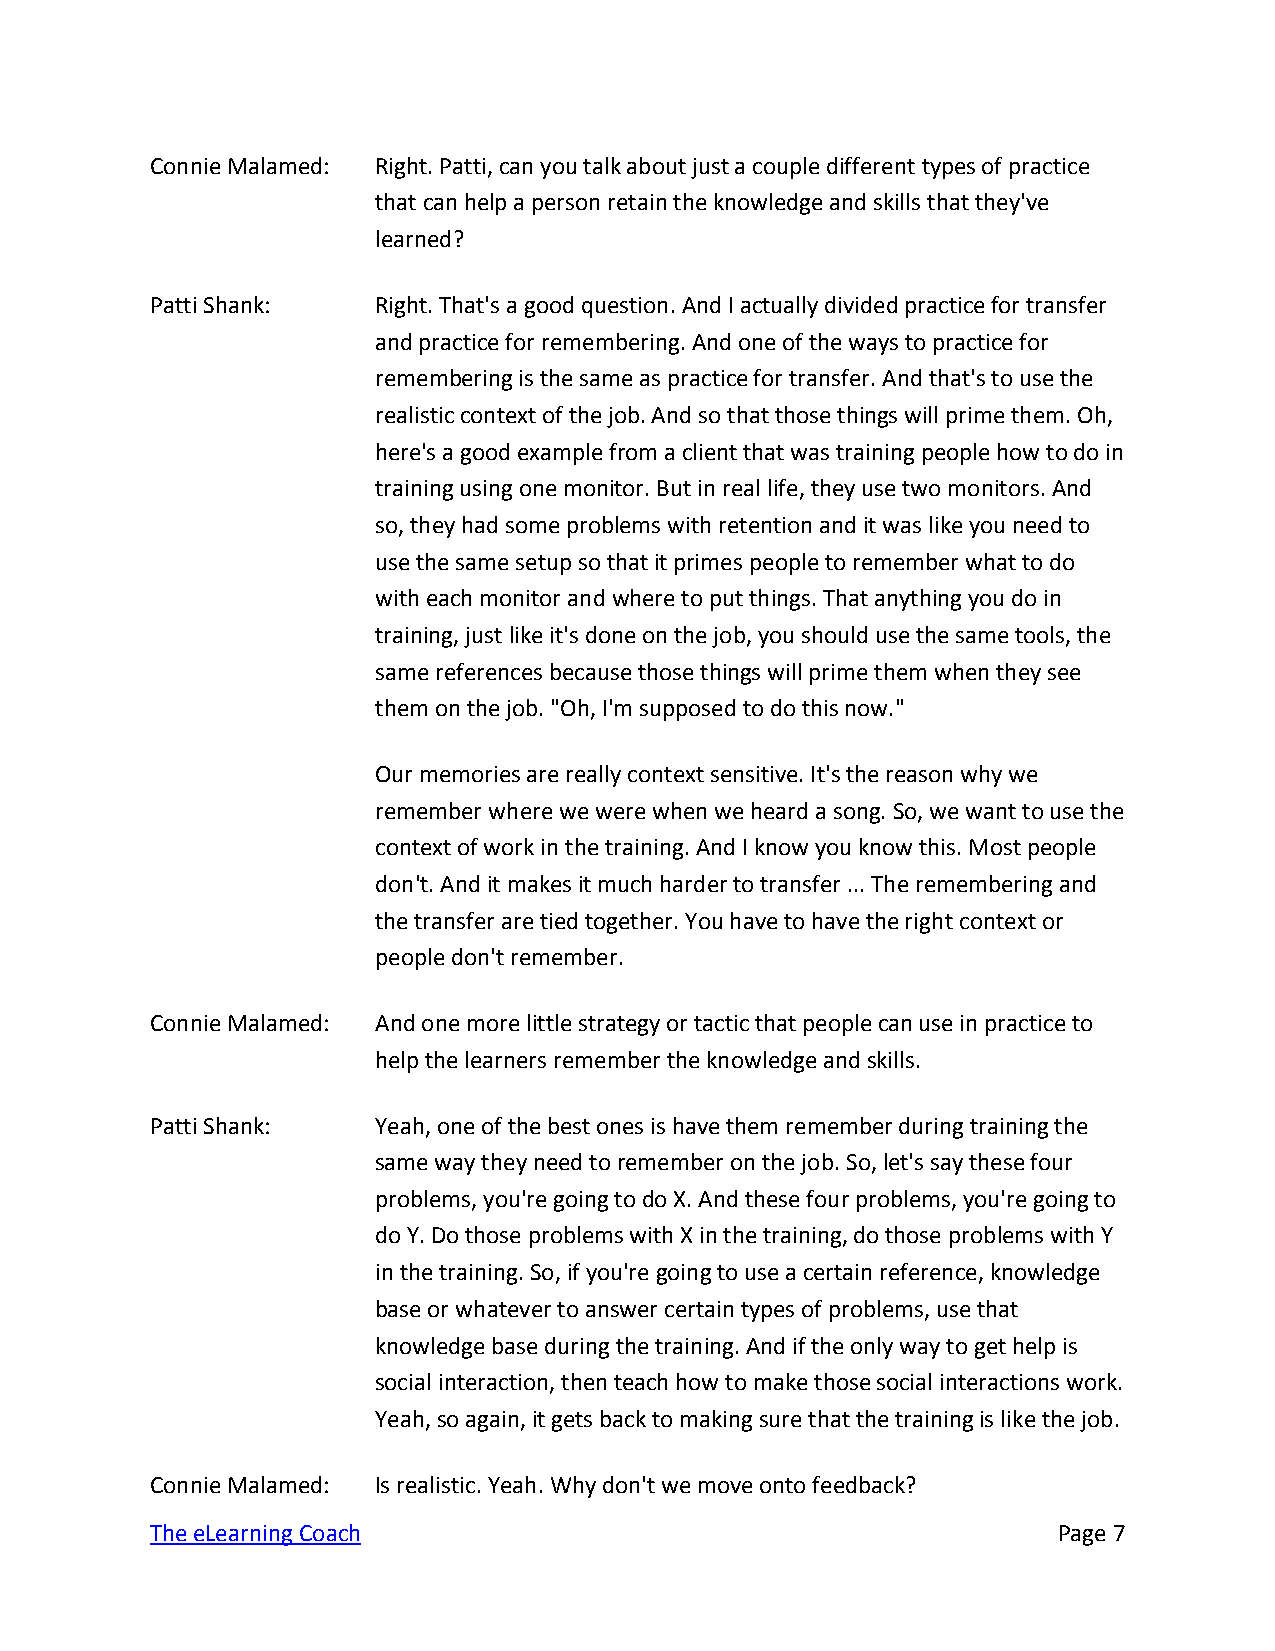
Connie Malamed: Right. Patti, can you talk about just a couple different types of practice
 that can help a person retain the knowledge and skills that they've
 learned?
 Patti Shank:   Right. That's a good question. And I actually divided practice for transfer
 and practice for remembering. And one of the ways to practice for
 remembering is the same as practice for transfer. And that's to use the
 realistic context of the job. And so that those things will prime them. Oh,
 here's a good example from a client that was training people how to do in
 training using one monitor. But in real life, they use two monitors. And
 so, they had some problems with retention and it was like you need to
 use the same setup so that it primes people to remember what to do
 with each monitor and where to put things. That anything you do in
 training, just like it's done on the job, you should use the same tools, the
 same references because those things will prime them when they see
 them on the job. "Oh, I'm supposed to do this now."
 Our memories are really context sensitive. It's the reason why we
 remember where we were when we heard a song. So, we want to use the
 context of work in the training. And I know you know this. Most people
 don't. And it makes it much harder to transfer ... The remembering and
 the transfer are tied together. You have to have the right context or
 people don't remember.
 Connie Malamed: And one more little strategy or tactic that people can use in practice to
 help the learners remember the knowledge and skills.
 Patti Shank:   Yeah, one of the best ones is have them remember during training the
 same way they need to remember on the job. So, let's say these four
 problems, you're going to do X. And these four problems, you're going to
 do Y. Do those problems with X in the training, do those problems with Y
 in the training. So, if you're going to use a certain reference, knowledge
 base or whatever to answer certain types of problems, use that
 knowledge base during the training. And if the only way to get help is
 social interaction, then teach how to make those social interactions work.
 Yeah, so again, it gets back to making sure that the training is like the job.
 Connie Malamed: Is realistic. Yeah. Why don't we move onto feedback?
 The eLearning Coach                                         Page 7